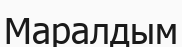
Маралдым